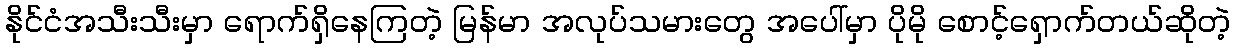
နိုင်ငံအသီးသီးမှာ ရောက်ရှိနေကြတဲ့ မြန်မာ အလုပ်သမားတွေ အပေါ်မှာ ပိုမို စောင့်ရှောက်တယ်ဆိုတဲ့